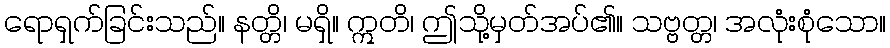
ရောရှက်ခြင်းသည်။ နတ္တိ၊ မရှိ။ ဣတိ၊ ဤသို့မှတ်အပ်၏။ သဗ္ဗတ္တ၊ အလုံးစုံသော။